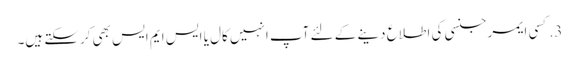
3. کسی ایمرجنسی کی اطلاع دینے کے لئے آپ انہیں کال یا ایس ایم ایس بھی کرسکتے ہیں۔